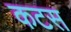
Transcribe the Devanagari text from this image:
कटस